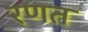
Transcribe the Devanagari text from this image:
रणत